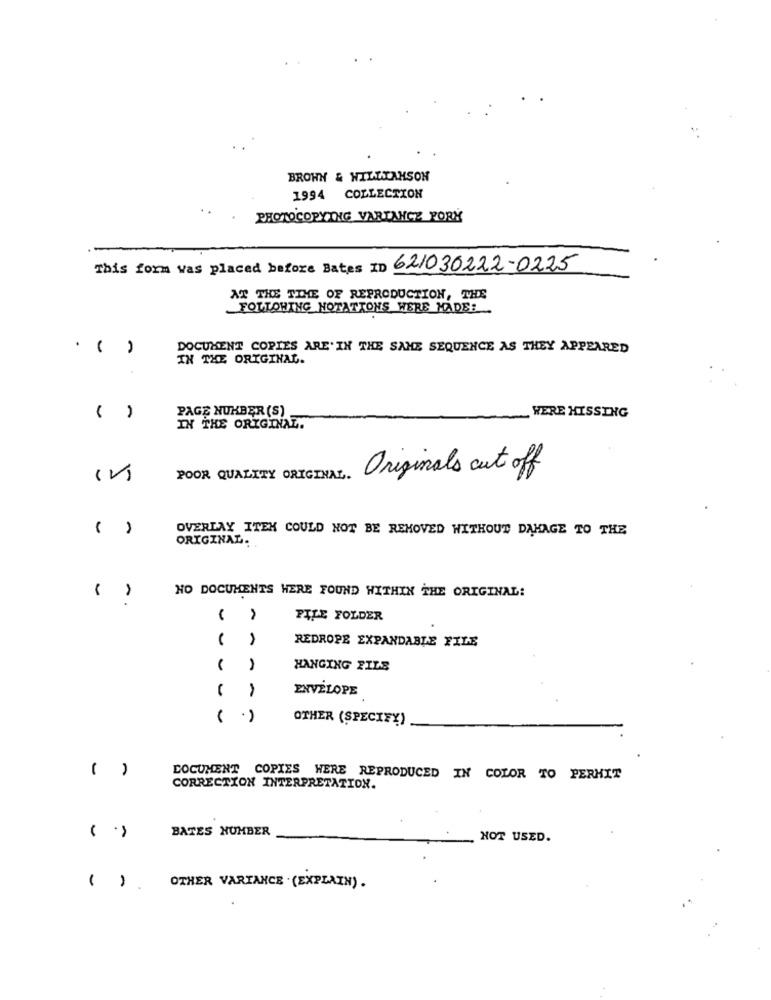
BROWN & WILLIAMSON
1994 COLLECTION
PHOTOCOPYING VARIANCE PORY
This form was placed before Bates ID 621030222-0225
AT THE TIME OF REPRODUCTION, THE
FOLLOWING NOTATTONS WERE MADE:
. ()
DOCUMENT COPIES ARE' IN THE SAME SEQUENCE AS THEY APPEARED
IN THE ORIGINAL.
PAGE NUMBER (S)
( )
WERE HISSING
IN THE ORIGINAL.
(V)
POOR QUALITY ORIGINAL.
Originals cut off
( )
OVERLAY ITEK COULD NOT BE REMOVED WITHOUT DAMAGE TO THE
ORIGINAL.
NO DOCUMENTS WERE FOUND WITHIN THE ORIGINAL:
( )
FILE FOLDER
REDROPE EXPANDABLE FILE
HANGING FILS
ENVELOPE
....
OTHER (SPECIFY)
( )
DOCUMENT COPIES WERE REPRODUCED IN COLOR TO PERHIT
CORRECTION INTERPRETATION.
BATES NUMBER
( .)
NOT USED.
( ). OTHER VARIANCE (EXPLAIN) .